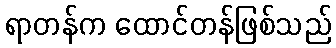
ရာတန်က ထောင်တန်ဖြစ်သည်